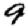
Digit: 9